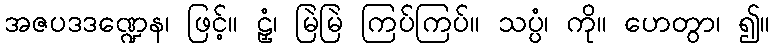
အဇပဒဒဏ္ဍေန၊ ဖြင့်။ ဠှံ၊ မြဲမြဲ ကြပ်ကြပ်။ သပ္ပံ၊ ကို။ ဟေတွာ၊ ၍။